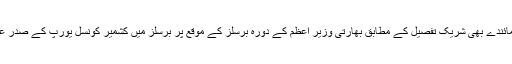
اہم شخصیات اور سماجی اور انسانی حقوق کی تنظیموں کے نمائندے بھی شریک تفصیل کے مطابق بھارتی وزیر اعظم کے دورہ برسلز کے موقع پر برسلز میں کشمیر کونسل یورپ کے صدر علی رضا سید کی طر ف سے شاندار مظاہرے کا اہتمام کیا گیا۔